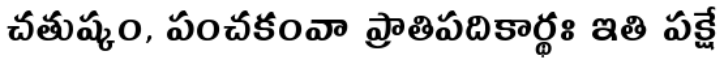
చతుష్కం, పంచకంవా ప్రాతిపదికార్థః ఇతి పక్షే